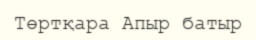
Төртқара Апыр батыр